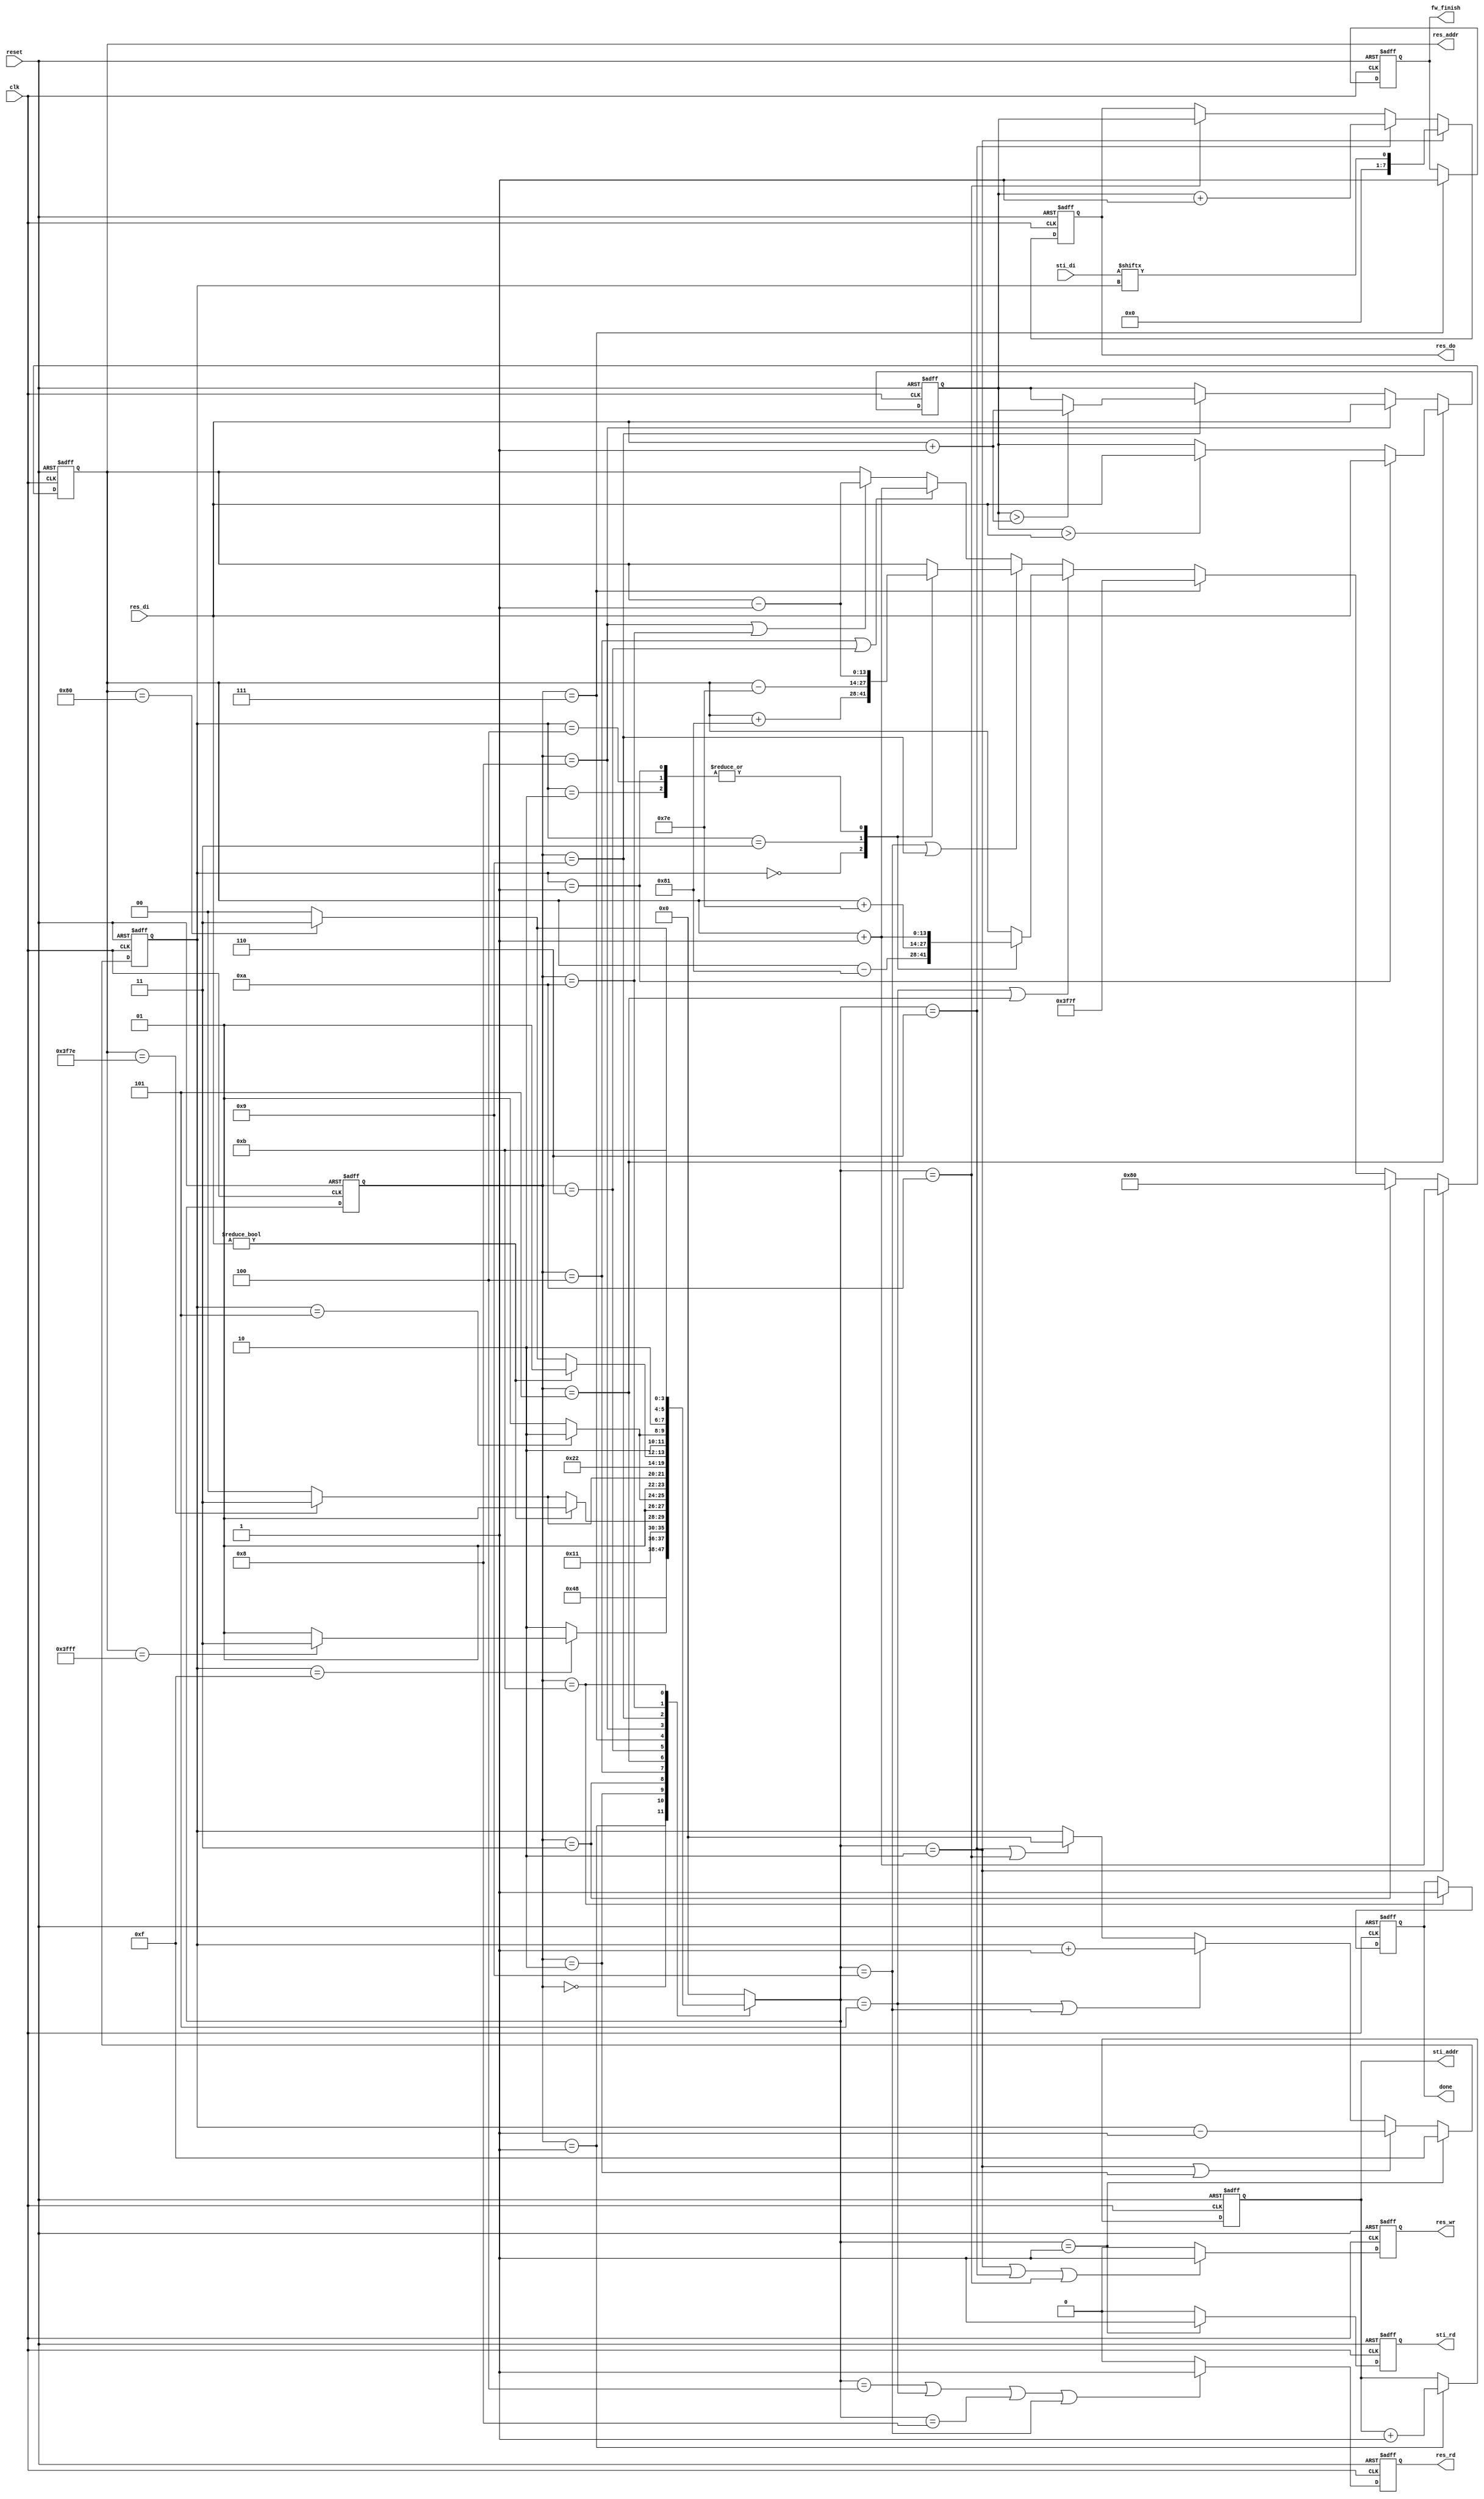
module DT(
	input 			clk, 
	input			reset,
	output	reg		done ,
	output	reg		sti_rd ,
	output	reg 	[9:0]	sti_addr ,
	input		[15:0]	sti_di,
	output	reg		res_wr ,
	output	reg		res_rd ,
	output	reg 	[13:0]	res_addr ,
	output	reg 	[7:0]	res_do,
	input		[7:0]	res_di,
	output reg fw_finish
	);

reg [3:0] current_State;
reg [3:0] next_State;
reg [7:0] minTemp;
reg [3:0] counter;

//state
parameter INIT = 4'd0;
parameter READ_INIT = 4'd1;
parameter WRITE_INIT = 4'd2;
parameter WRITE_INIT_FINISH = 4'd3; // to delay 1 clk
parameter READ_F = 4'd4; //READ_FORWARD
parameter FORWARD = 4'd5;
parameter WRITE_F = 4'd6; //WRITE_FORWARD
parameter FORWARD_FINISH = 4'd7;
parameter READ_B = 4'd8; //READ_BACKWARD
parameter BACKWARD = 4'd9;
parameter WRITE_B = 4'd10; //WRITE_BACKWARD
parameter FINISH = 4'd11;


always@(posedge clk or negedge reset)
begin
	if(!reset) current_State <= INIT;
	else current_State <= next_State;
end

always@(*)
begin
	case(current_State)
	INIT:
	begin
		next_State = READ_INIT;
	end
	READ_INIT: 
	begin
		next_State = WRITE_INIT;
	end
	WRITE_INIT:
	begin
		if(counter == 4'd15)
		begin
			if(res_addr == 14'd16383) next_State = WRITE_INIT_FINISH;
			else next_State = READ_INIT;
		end
		else next_State = WRITE_INIT;
	end
	WRITE_INIT_FINISH: 
	begin
		next_State = READ_F;
	end
	READ_F:
	begin
		if(res_di) next_State = FORWARD;
		else
		begin
			if(res_addr == 14'd16254) next_State = FORWARD_FINISH;
			else next_State = READ_F;
		end 
	end
	FORWARD:
	begin
		if(counter == 4'd5) next_State = WRITE_F;
		else next_State = FORWARD;
	end
	WRITE_F:
	begin
		if(res_addr == 14'd16254) next_State = FORWARD_FINISH;
		else next_State = READ_F;
	end
	FORWARD_FINISH:
	begin
		next_State = READ_B;
	end
	READ_B:
	begin
		if(res_di) next_State = BACKWARD;
		else
		begin
			if(res_addr == 14'd128) next_State = FINISH;
			else next_State = READ_B;
		end
	end
	BACKWARD:
	begin
		if(counter == 4'd5) next_State = WRITE_B;
		else next_State = BACKWARD;
	end
	WRITE_B:
	begin
		if(res_addr == 14'd128) next_State = FINISH;
		else next_State = READ_B;
	end
	FINISH:
	begin
		next_State = FINISH;
	end
	default: next_State = INIT;
	endcase
end

//fw_finish
always@(posedge clk or negedge reset)
begin
	if(!reset) fw_finish <= 1'd0;
	else if(current_State == FORWARD_FINISH) fw_finish <= 1'd1;
end

//counter
always@(posedge clk or negedge reset)
begin
	if(!reset) counter <= 4'd15;
	else if(next_State == READ_INIT) counter <= 4'd15;
	else if(next_State == WRITE_INIT || current_State == WRITE_INIT) counter <= counter - 4'd1;
	else if(next_State == FORWARD || next_State == BACKWARD) counter <= counter + 4'd1;
	else if(next_State == WRITE_F || next_State == WRITE_B) counter <= 4'd0;
end

//sti_rd
always@(posedge clk or negedge reset)
begin
	if(!reset) sti_rd <= 1'd0;
	else if(next_State == READ_INIT) sti_rd <= 1'd1;
	else sti_rd <= 1'd0;
end

//sti_addr
always@(posedge clk or negedge reset)
begin
	if(!reset) sti_addr <= 10'd0;
	else if(current_State == READ_INIT) sti_addr <= sti_addr + 1'd1;
end

//res_rd
always@(posedge clk or negedge reset)
begin
	if(!reset) res_rd <= 1'd0;
	else if(next_State == READ_F || next_State == FORWARD || next_State == READ_B || next_State == BACKWARD) res_rd <= 1'd1;
	else res_rd <= 1'd0;
end

//res_wr
always@(posedge clk or negedge reset)
begin
	if(!reset) res_wr <= 1'd0;
	else if(next_State == WRITE_INIT || next_State == WRITE_F || next_State == WRITE_B) res_wr <= 1'd1;
	else res_wr <= 1'd0;
end

//res_addr
always@(posedge clk or negedge reset)
begin
	if(!reset) res_addr <= 14'd16383;
	else if(next_State == WRITE_INIT) res_addr <= res_addr + 14'd1;
	else if(current_State == WRITE_INIT_FINISH) res_addr <= 14'd128;
	else if(current_State == FORWARD_FINISH) res_addr <= 14'd16255;
	else if(next_State == FORWARD || current_State == FORWARD)
	begin
		case(counter)
		4'd0: res_addr <= res_addr - 14'd129;
		4'd1: res_addr <= res_addr + 14'd1;
		4'd2: res_addr <= res_addr + 14'd1;
		4'd3: res_addr <= res_addr + 14'd126;
		4'd4: res_addr <= res_addr + 14'd1;
		endcase
	end
	else if(next_State == BACKWARD || current_State == BACKWARD)
	begin
		case(counter)
		4'd0: res_addr <= res_addr + 14'd129;
		4'd1: res_addr <= res_addr - 14'd1;
		4'd2: res_addr <= res_addr - 14'd1;
		4'd3: res_addr <= res_addr - 14'd126;
		4'd4: res_addr <= res_addr - 14'd1;
		endcase
	end
	else if(current_State == READ_F || current_State == WRITE_F) res_addr <= res_addr + 14'd1;
	else if(current_State == READ_B || current_State == WRITE_B) res_addr <= res_addr - 14'd1;
end

//done
always@(posedge clk or negedge reset)
begin
	if(!reset) done <= 1'd0;
	else if(current_State == FINISH) done <= 1'd1;
end

wire [7:0] res_di_addOne;
assign res_di_addOne = res_di + 1'd1;
//minTemp
always@(posedge clk or negedge reset)
begin
	if(!reset) minTemp <= 8'd0;
	else if(current_State == FORWARD)
	begin
		if(counter == 4'd1)  minTemp <= res_di;
		else if(minTemp>res_di) minTemp <= res_di; 
	end
	else if(current_State == READ_B) minTemp <= res_di;
	else if(current_State == BACKWARD)
	begin
		if(minTemp>res_di_addOne) minTemp <= res_di_addOne;
	end
end

//res_do
always@(posedge clk or negedge reset)
begin
	if(!reset) res_do <= 8'd0;
	else if(next_State == WRITE_INIT) res_do <= sti_di[counter];
	else if(next_State == WRITE_F) res_do <= minTemp + 8'd1;
	else if(next_State == WRITE_B) res_do <= minTemp;
end

endmodule